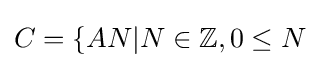
C=\{AN|N\in \mathbb {Z} ,0\leq N